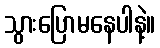
သွားပြောမနေပါနဲ့။